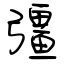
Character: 彊